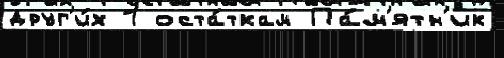
друг'и́х 1 оста́ткам Па́м'ятн'ик